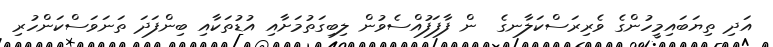
އަދި ތިޔަބައިމީހުންގެ ވެރިރަސްކަލާނގެ  ން ފާފަފުއްސެވުން ލިބިގަތުމަށާއި އުޑުތަކާއި ބިންފަދަ ތަނަވަސްކަންހުރި